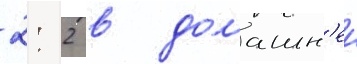
2: 2 в домашн'еи